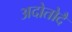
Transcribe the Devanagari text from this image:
अदोतोदै